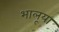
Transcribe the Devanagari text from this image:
भालूया